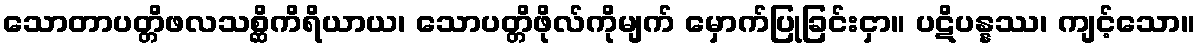
သောတာပတ္တိဖလသစ္ဆိကိရိယာယ၊ သောပတ္တိဖိုလ်ကိုမျက် မှောက်ပြုခြင်းငှာ။ ပဋိပန္နဿ၊ ကျင့်သော။